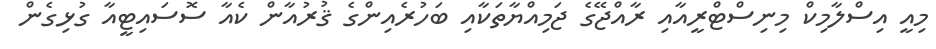
މިއީ އިސްލާމިކް މިނިސްޓްރީއާއި ރާއްޖޭގެ ޖަމިއްޔާތަކާއި ބަހުރެއިންގެ ޤުރުއާން ކެއާ ސޮސައިޓީއާ ގުޅިގެން